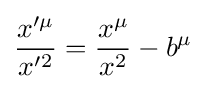
{\frac {x'^{\mu }}{x'^{2}}}={\frac {x^{\mu }}{x^{2}}}-b^{\mu }